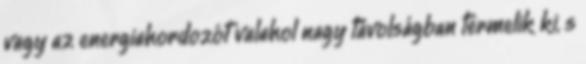
vagy az energiahordozót valahol nagy távolságban termelik ki, s